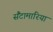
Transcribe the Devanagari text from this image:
सैंटामारिया